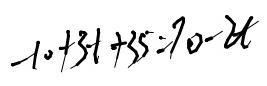
- 1 0 + 3 t + 3 5 = 7 0 - 2 t